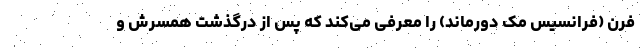
فرن (فرانسیس مک دورماند) را معرفی می‌کند که پس از درگذشت همسرش و